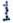
1